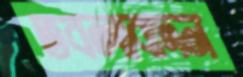
তবলাবাদন